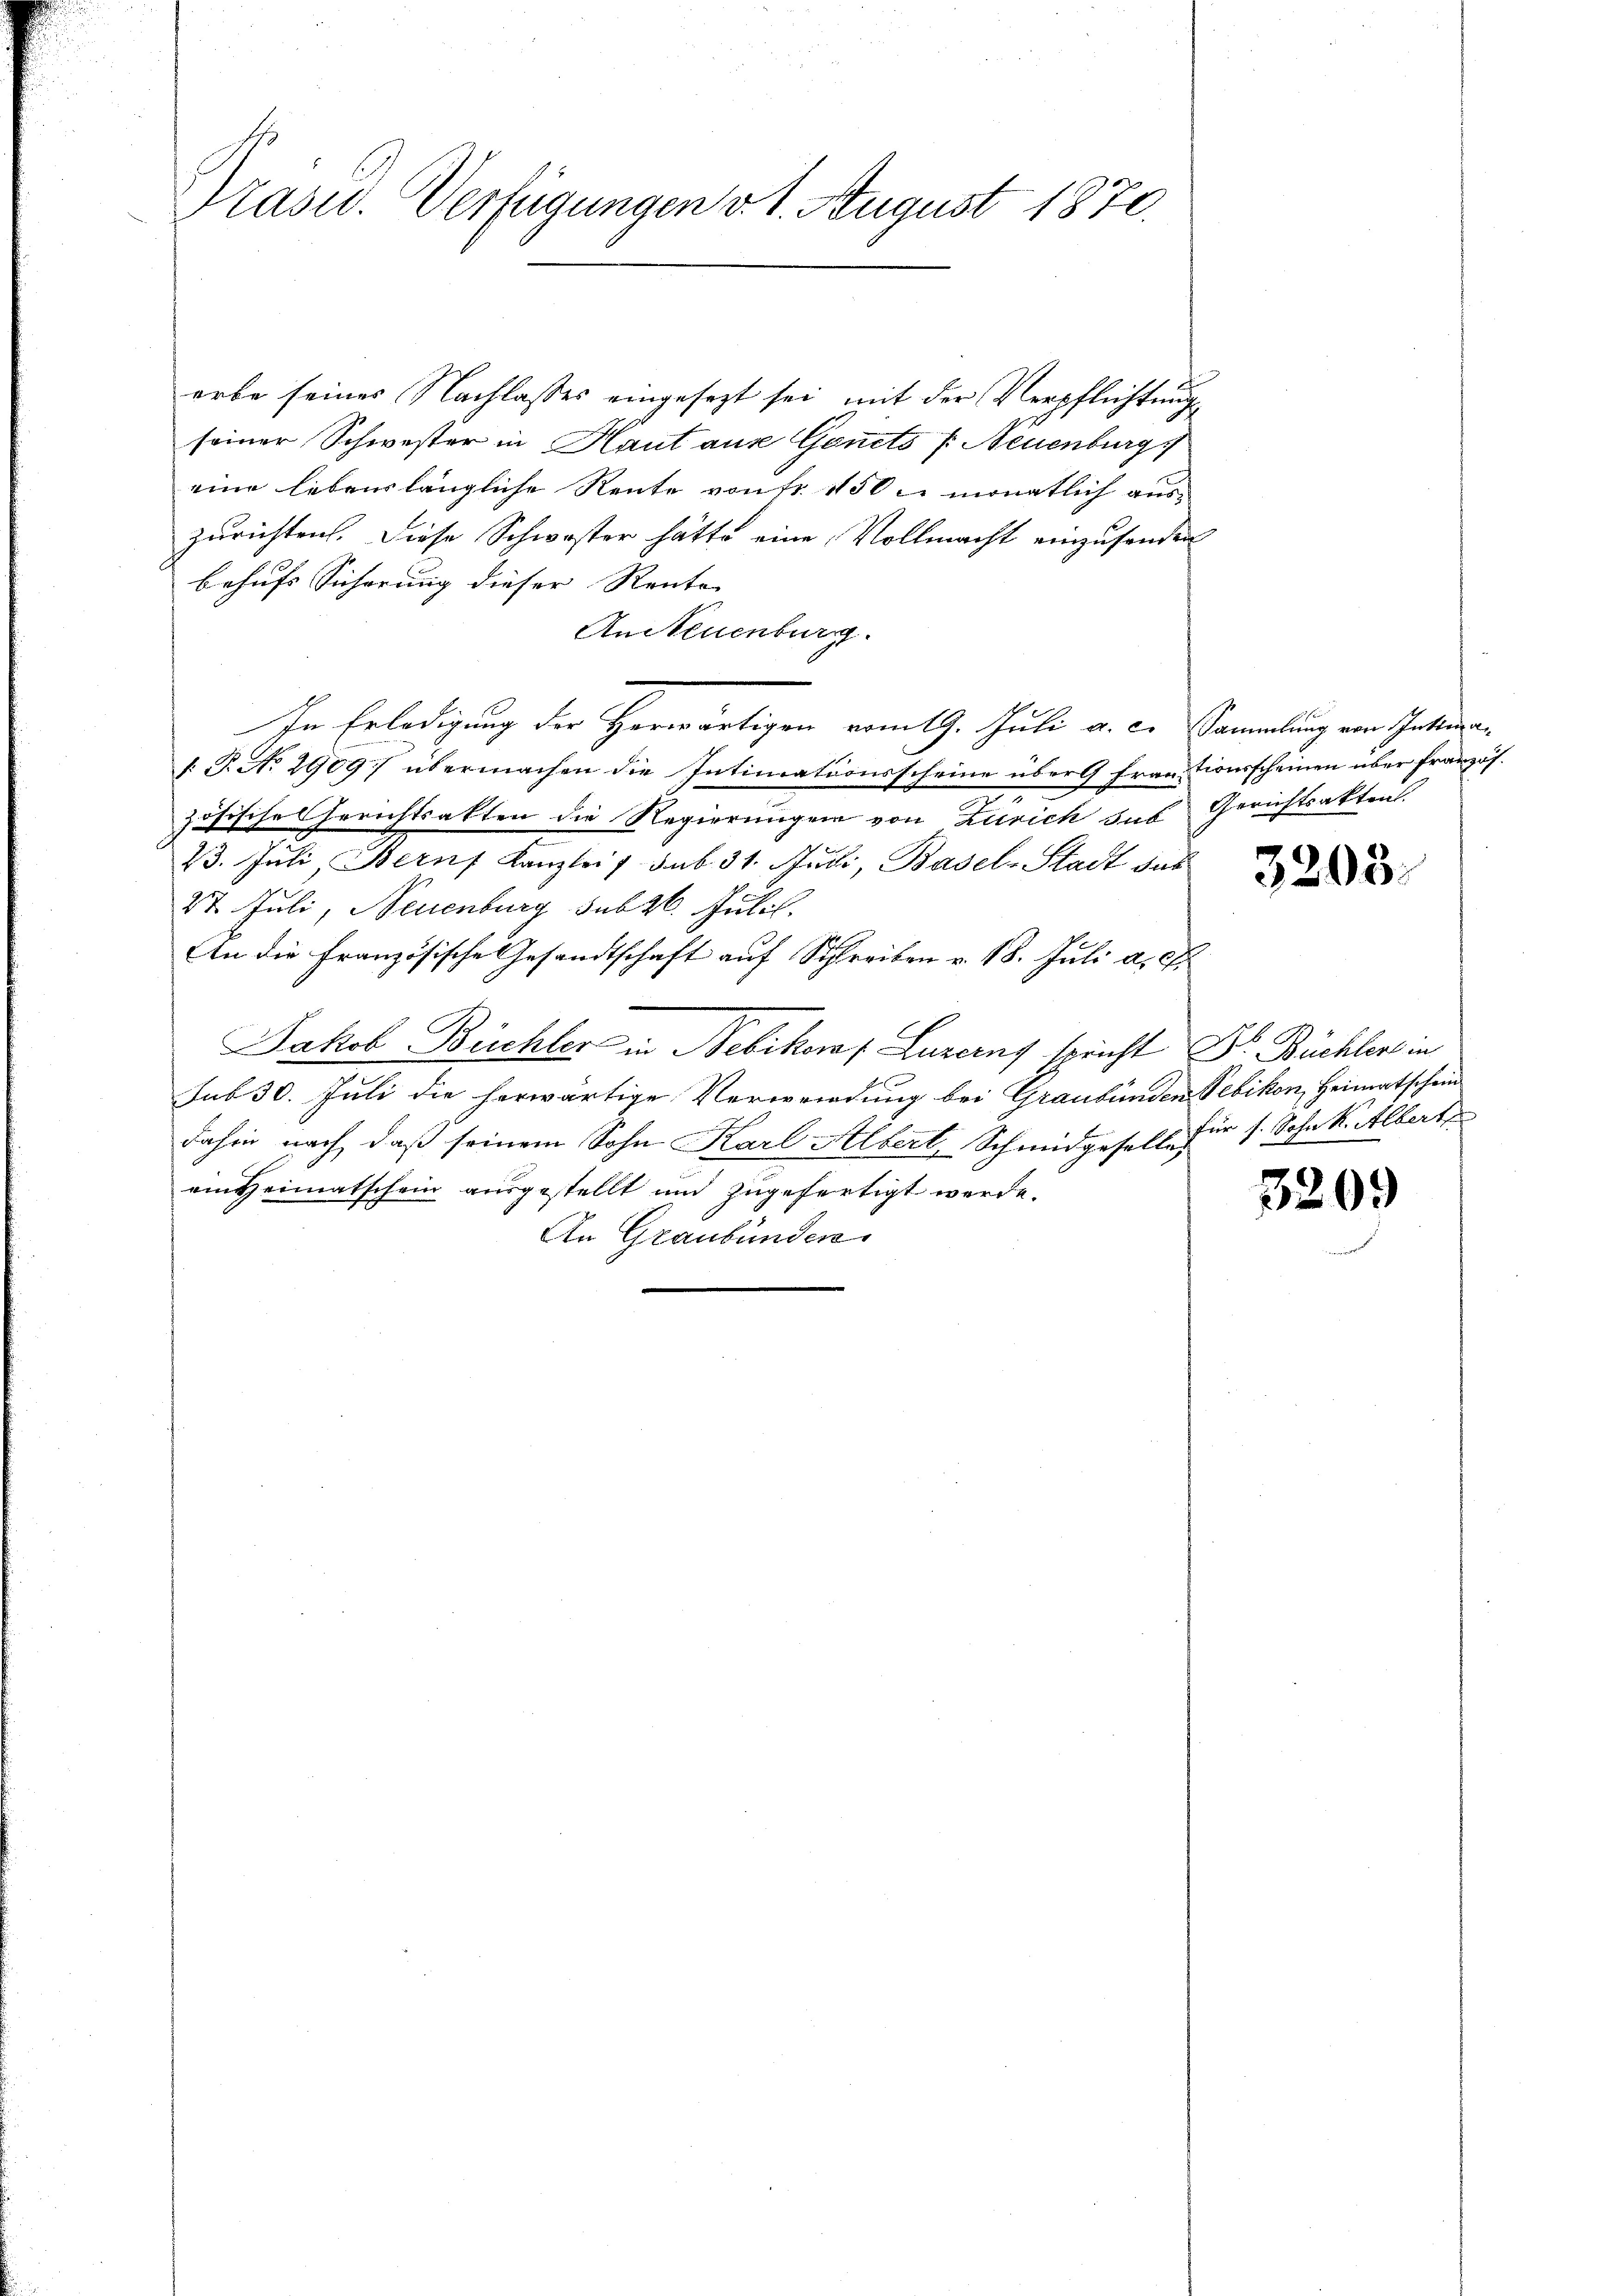
Präsid.. Verfügungen v. 1. August 1870.

erbe seines Nachlasses eingesezt sei mit der Verpflichtungsseiner Schwester in Haut aus Gencts P. Neuenburg
eine lebenslängliche Rente von fr. 150 u. monatlich aus-
zurichten. Diese Schwester hätte eine Vollmacht einzusenden
behufs Sicherung dieser Rente |
AnNeuenburg.
In Erledigung der Horwärtigen vom 19. Juli a. c. Sammlung von Intima
. P. No 29097 übermachen die Intimationsscheine über 9 Frau tionsscheinen über französ.
zösische Gerichtsakten die Regierungen von Zürich das Gerichtsakten.
23. Juli Bern Kanzlei 7 sub 31. Juli, Basel-Stadt das
27. Juli, Neuenburg sub 26. Julil.
An die Französische Gesandtschaft auf Schreiben v. 18. Juli a. c.
Jakob Büchler in Nebikorat Luzerns spricht Dr. Büchler in
sub 30. Juli die herwärtige Verwendung bei Graubünden Vebikon, Heimatschein
dahin nach, daß seinem Sohn Karl Albert, Schmidgesell für s. Sohn K. Albert
ein Heimatschein ausgestellt und zugefertigt werde.
An Graubünden

3203.

3209